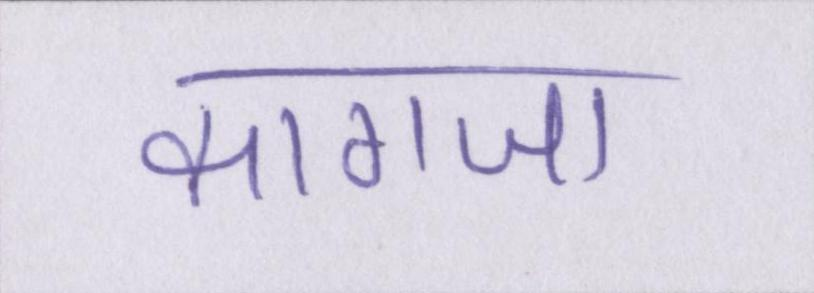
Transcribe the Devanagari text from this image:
कागजा